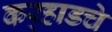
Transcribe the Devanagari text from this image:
कर्‍हाडचे